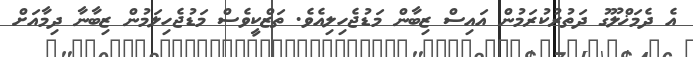
އެ ދެމަޚްލޫގު ދަތުރުކުރަމުން އައިސް ޒިބާން މަޑުޖެހިލިއެވެ. ތަޒްކީވެސް މަޑުޖެހިލަމުން ޒިބާނާ ދިމާއަށް